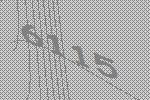
6115